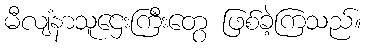
မီလျံနာသူဌေးကြီးတွေ ဖြစ်ခဲ့ကြသည်။